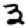
Digit: 3